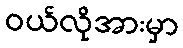
ဝယ်လိုအားမှာ